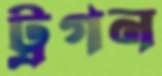
ট্রগন